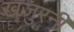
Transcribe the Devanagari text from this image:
खजुरनी